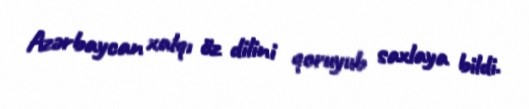
Azərbaycan xalqı öz dilini qoruyub saxlaya bildi.